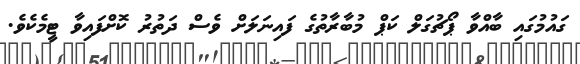
ގައުމުގައި ބާއްވާ ޕޯޗުގަލް ކަޕް މުބާރާތުގެ ފައިނަލަށް ވެސް ދަތުރު ކޮށްފައިވާ ޓީމެކެވެ.